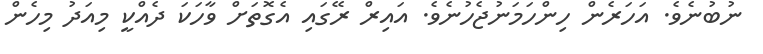
ނުބުނެވެ. އަހަރެން ހިންހަމަނުޖެހުނެވެ. އައިރް ރޭގައި އެގޮތަށް ވާހަކަ ދެއްކީ މިއަދު މިހެން